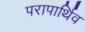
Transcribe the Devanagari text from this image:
परापार्थिव